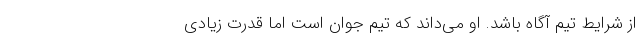
از شرایط تیم آگاه باشد. او می‌داند که تیم جوان است اما قدرت زیادی